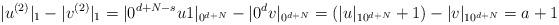
LaTeX: \begin{align*}|u^{(2)}|_1 - |v^{(2)}|_1 = |0^{d+N-s}u1|_{0^{d+N}} - |0^dv|_{0^{d+N}} = (|u|_{10^{d+N}}+1) - |v|_{10^{d+N}}=a+1\end{align*}